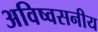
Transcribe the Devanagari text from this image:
अविष्वसनीय